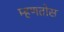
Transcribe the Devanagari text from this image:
म्हणतोस